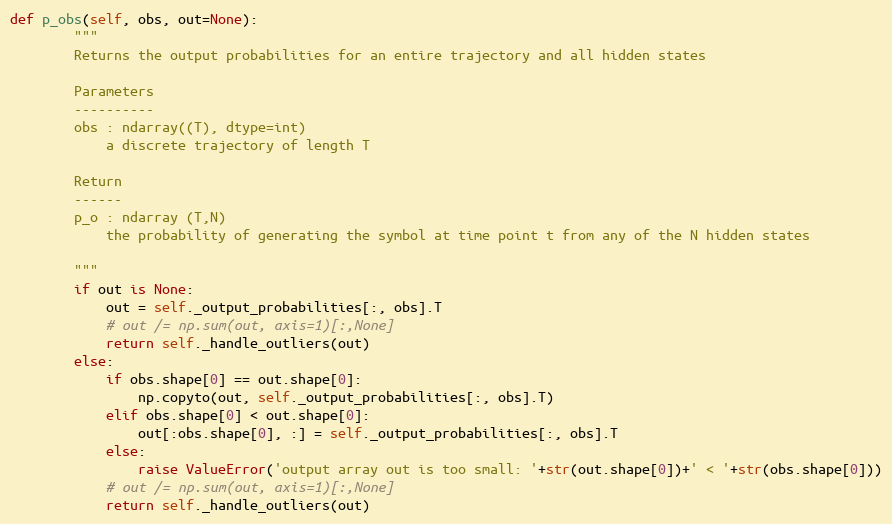
Language: Python
def p_obs(self, obs, out=None):
        """
        Returns the output probabilities for an entire trajectory and all hidden states

        Parameters
        ----------
        obs : ndarray((T), dtype=int)
            a discrete trajectory of length T

        Return
        ------
        p_o : ndarray (T,N)
            the probability of generating the symbol at time point t from any of the N hidden states

        """
        if out is None:
            out = self._output_probabilities[:, obs].T
            # out /= np.sum(out, axis=1)[:,None]
            return self._handle_outliers(out)
        else:
            if obs.shape[0] == out.shape[0]:
                np.copyto(out, self._output_probabilities[:, obs].T)
            elif obs.shape[0] < out.shape[0]:
                out[:obs.shape[0], :] = self._output_probabilities[:, obs].T
            else:
                raise ValueError('output array out is too small: '+str(out.shape[0])+' < '+str(obs.shape[0]))
            # out /= np.sum(out, axis=1)[:,None]
            return self._handle_outliers(out)